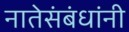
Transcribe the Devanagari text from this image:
नातेसंबंधांनी